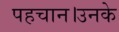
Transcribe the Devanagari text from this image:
पहचान।उनके